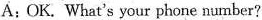
A： OK. What's your phone number?